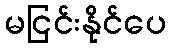
မငြင်းနိုင်ပေ